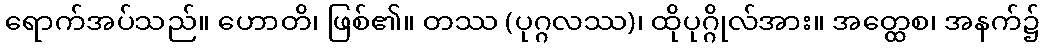
ရောက်အပ်သည်။ ဟောတိ၊ ဖြစ်၏။ တဿ (ပုဂ္ဂလဿ)၊ ထိုပုဂ္ဂိုလ်အား။ အတ္ထေစ၊ အနက်၌